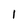
Character: I